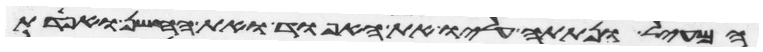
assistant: המעיל ונתתה עליו את האפוד ואת החשן ואפדת